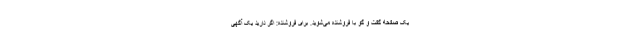
یک صفحه گفت و گو با فروشنده می‌شوید. برای فروشنده: اگر دارید یک آگهی